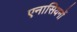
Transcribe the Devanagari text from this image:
एनासियनों